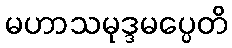
မဟာသမုဒ္ဒမပ္ပေတိ